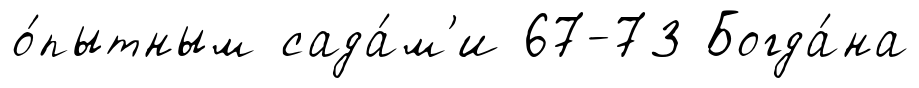
о́пытным сада́м'и 67-73 Богда́на